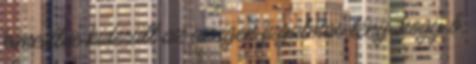
kimerítve kiderült az az igen izgalmas tény, hogy ő,